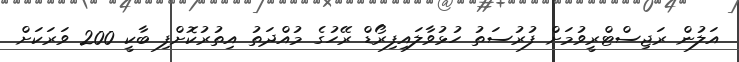
އަލުން ރަޖިސްޓްރީވުމަށް ފުރުސަތު ހުޅުވާލައިފިރޯޑް ރޭހުގެ މުއްދަތު އިތުރުކޮށްފި ބާކީ 200 ވަރަކަށް